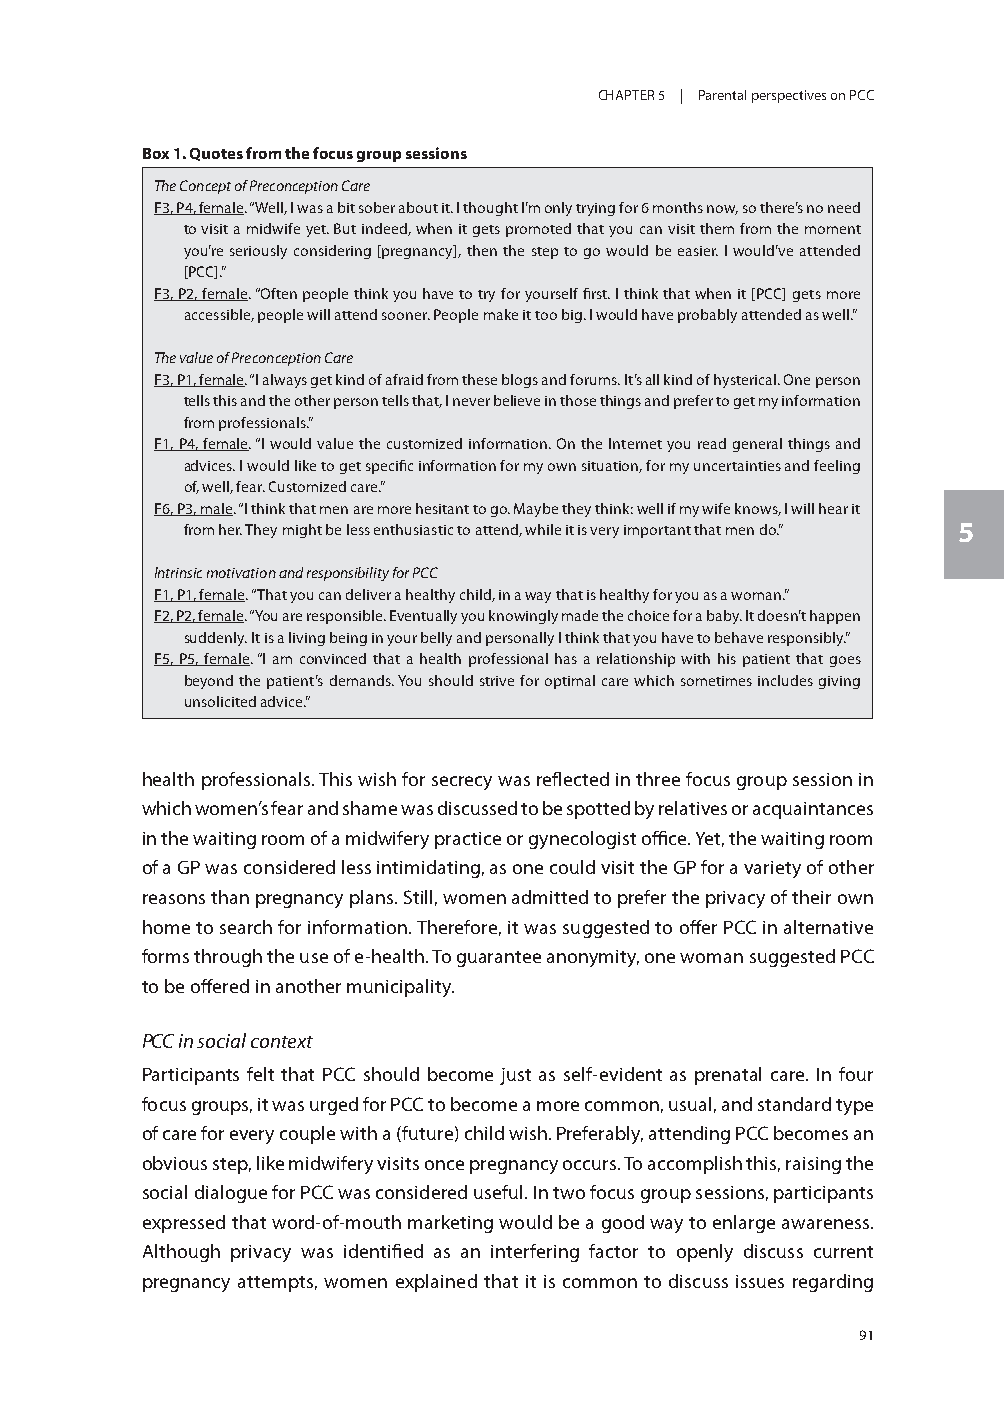
CHAPTER 5 | Parental perspectives on PCC
 Box 1. Quotes from the focus group sessions
 The Concept of Preconception Care
 F3, P4, female. “Well, I was a bit sober about it. I thought I’m only trying for 6 months now, so there’s no need
 to visit a midwife yet. But indeed, when it gets promoted that you can visit them from the moment
 you’re seriously considering [pregnancy], then the step to go would be easier. I would’ve attended
 [PCC].”
 F3, P2, female. “Often people think you have to try for yourself first. I think that when it [PCC] gets more
 accessible, people will attend sooner. People make it too big. I would have probably attended as well.”
 The value of Preconception Care
 F3, P1, female. “I always get kind of afraid from these blogs and forums. It’s all kind of hysterical. One person
 tells this and the other person tells that, I never believe in those things and prefer to get my information
 from professionals.”
 F1, P4, female. “I would value the customized information. On the Internet you read general things and
 advices. I would like to get specific information for my own situation, for my uncertainties and feeling
 of, well, fear. Customized care.”
 F6, P3, male. “I think that men are more hesitant to go. Maybe they think: well if my wife knows, I will hear it
 from her. They might be less enthusiastic to attend, while it is very important that men do.” 5
 Intrinsic motivation and responsibility for PCC
 F1, P1, female. “That you can deliver a healthy child, in a way that is healthy for you as a woman.”
 F2, P2, female. “You are responsible. Eventually you knowingly made the choice for a baby. It doesn’t happen
 suddenly. It is a living being in your belly and personally I think that you have to behave responsibly.”
 F5, P5, female. “I am convinced that a health professional has a relationship with his patient that goes
 beyond the patient’s demands. You should strive for optimal care which sometimes includes giving
 unsolicited advice.”
 health professionals. This wish for secrecy was reflected in three focus group session in
 which women’s fear and shame was discussed to be spotted by relatives or acquaintances
 in the waiting room of a midwifery practice or gynecologist office. Yet, the waiting room
 of a GP was considered less intimidating, as one could visit the GP for a variety of other
 reasons than pregnancy plans. Still, women admitted to prefer the privacy of their own
 home to search for information. Therefore, it was suggested to offer PCC in alternative
 forms through the use of e-health. To guarantee anonymity, one woman suggested PCC
 to be offered in another municipality.
 PCC in social context
 Participants felt that PCC should become just as self-evident as prenatal care. In four
 focus groups, it was urged for PCC to become a more common, usual, and standard type
 of care for every couple with a (future) child wish. Preferably, attending PCC becomes an
 obvious step, like midwifery visits once pregnancy occurs. To accomplish this, raising the
 social dialogue for PCC was considered useful. In two focus group sessions, participants
 expressed that word-of-mouth marketing would be a good way to enlarge awareness.
 Although privacy was identified as an interfering factor to openly discuss current
 pregnancy attempts, women explained that it is common to discuss issues regarding
 91